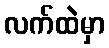
လက်ထဲမှာ